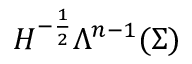
H ^ { - \frac { 1 } { 2 } } \Lambda ^ { n - 1 } ( \Sigma )